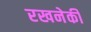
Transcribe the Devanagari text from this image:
रखनेकी